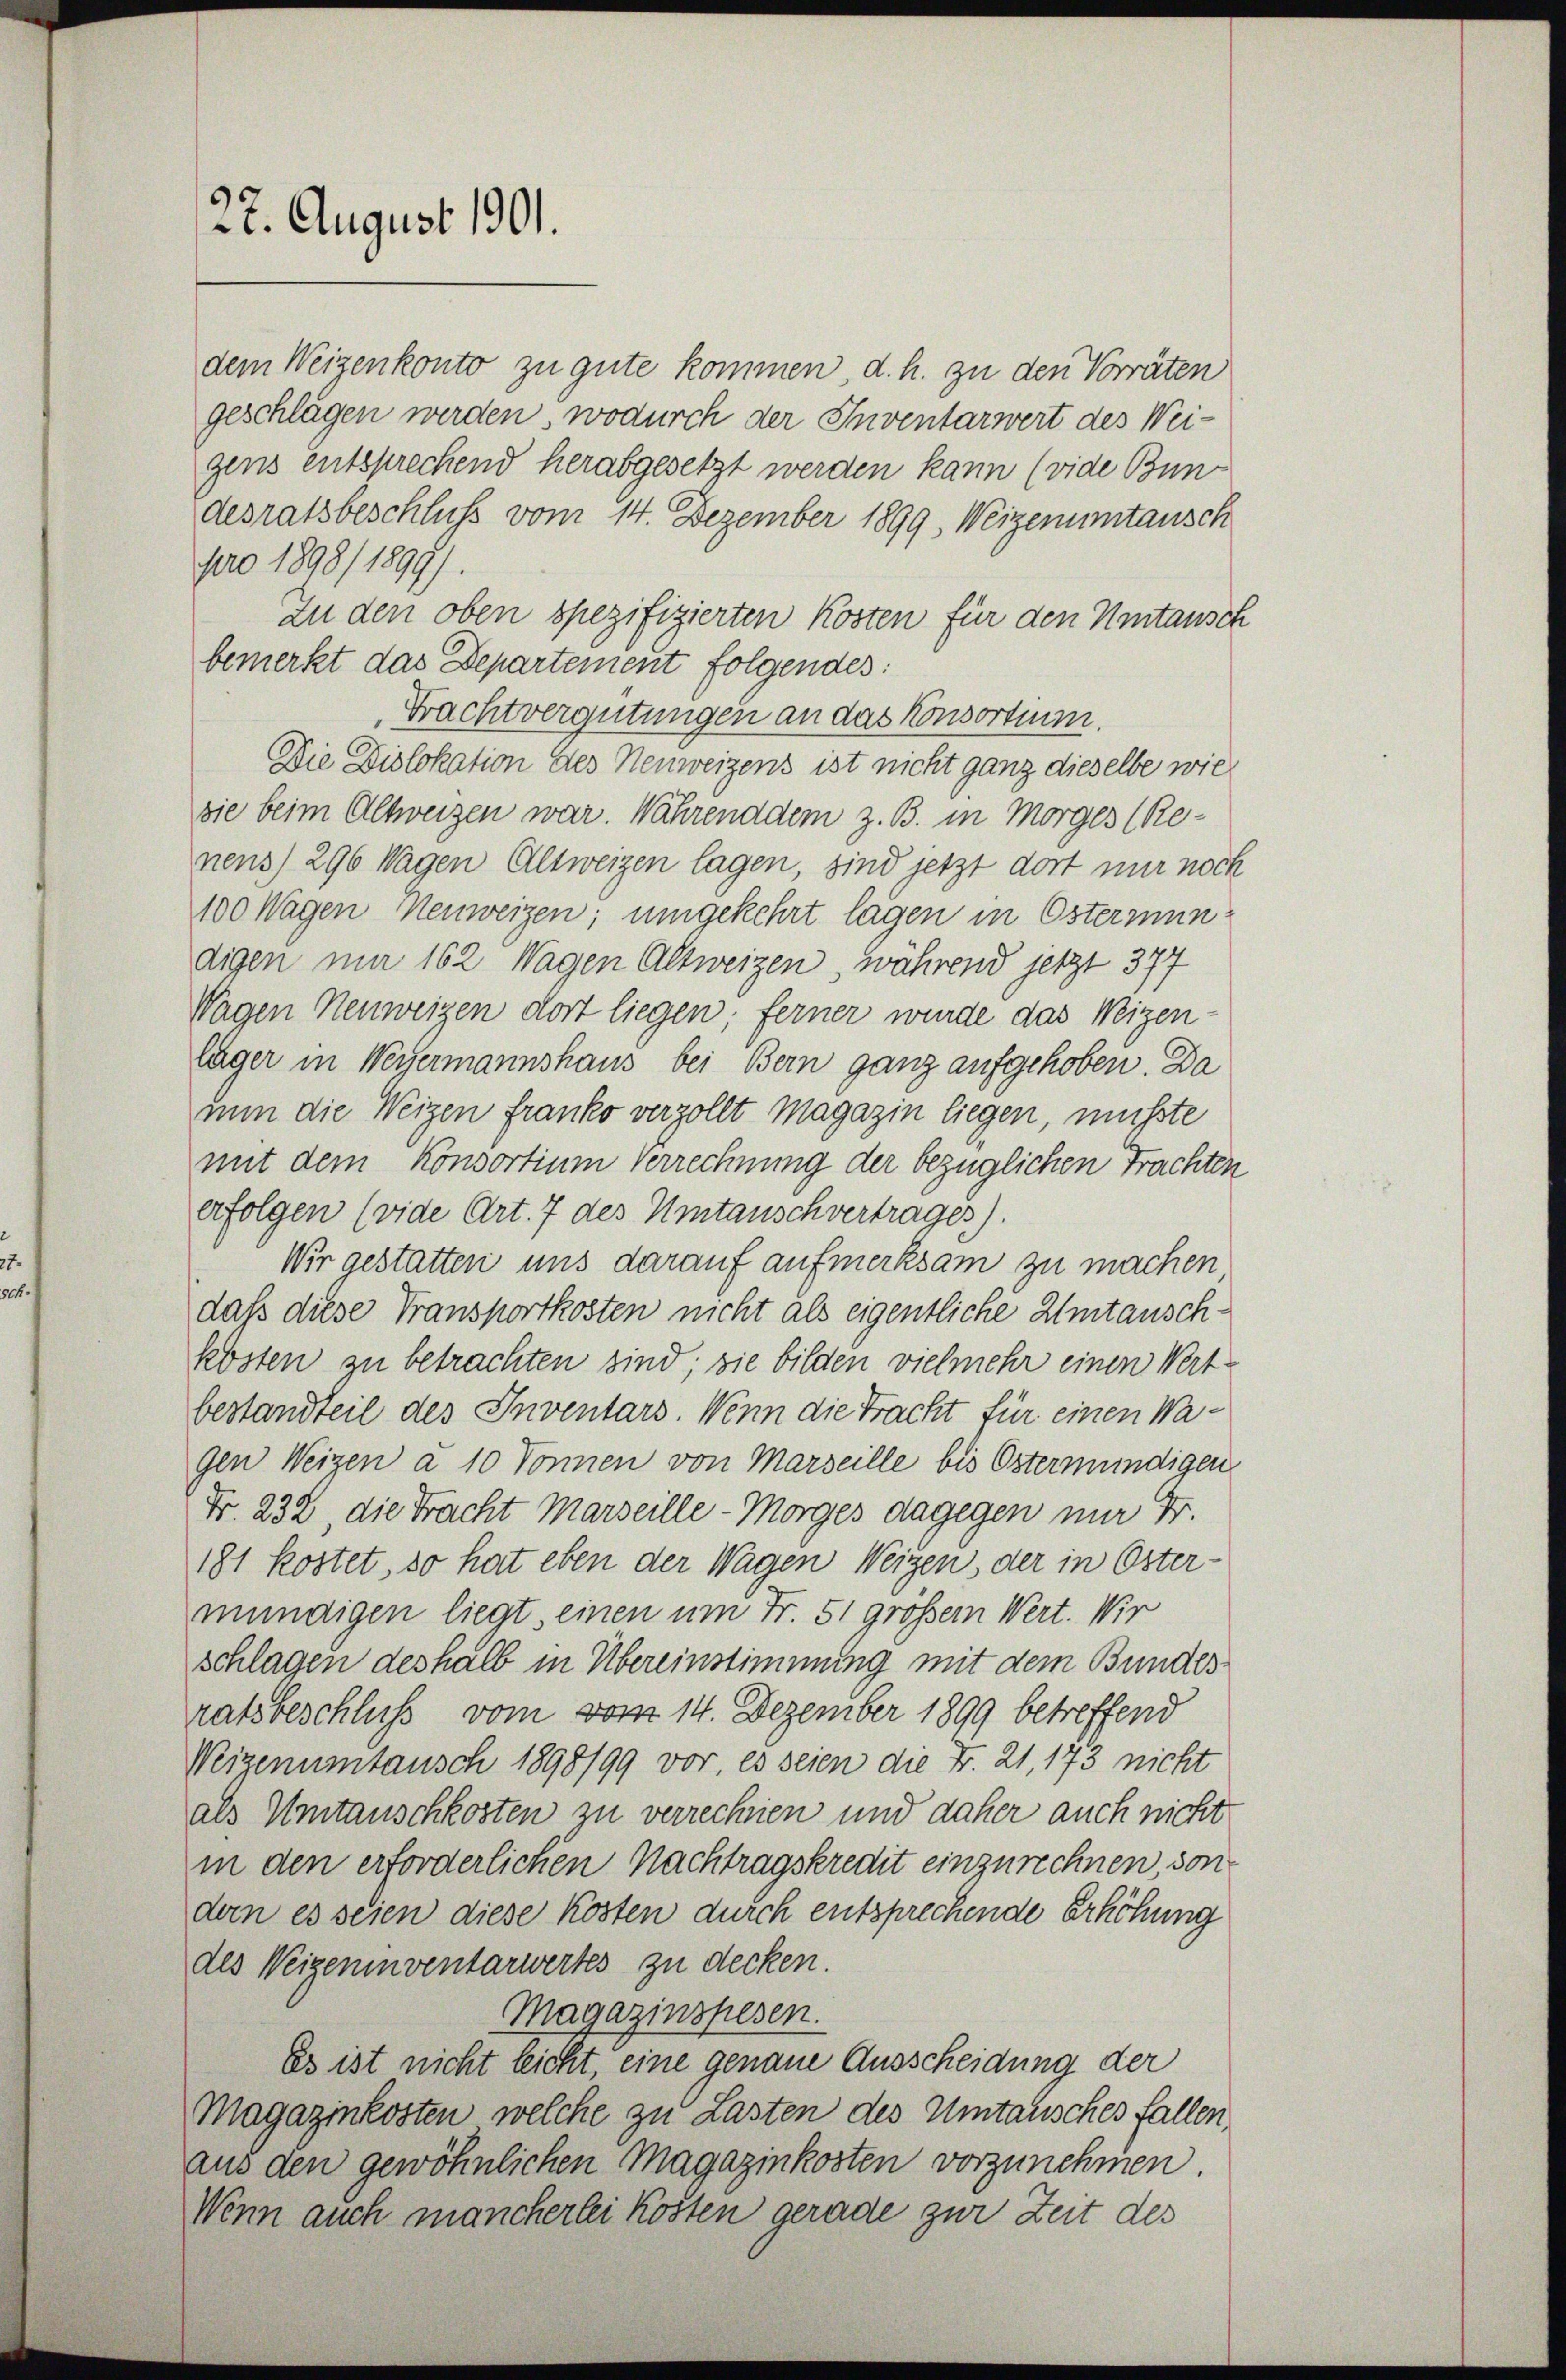
22. August 1901.

dem Weizenkonto zu gute kommen, d. h. zu den Vorräten
geschlägen werden, wodurch der Inventarwert des Weigens entsprechend herabgesetzt werden kann (vide Bundesratsbeschluss vom 14. Dezember 1899, Weizenumtausch
pro 1898/ 1899).
Zu den oben spezifizierten Kosten für den Umtausch
bemerkt das Departement folgendes:
Frachtvergütungen an das Konsortium.
Die Dislokation des Neuweigens ist nicht ganz dieselbe wie
sie beim Altweizen war. Währenddem z. B. in Morges (Renens) 296 Wagen Altweizen lagen, sind jetzt dort nur noch
100 Wagen Neuweizen; umgekehrt lagen in Östermindigen im 162 Wagen Altweizen, während jetzt 377
Wagen Neuweigen dort liegen; ferner wurde das Weizen
läger in Weyermannshaus bei Bern ganz aufgehoben. Da
nun die Weizen franko verzollt Magazin liegen, mußte
mit dem Konsortium Verrechnung der bezüglichen Frachten
erfolgen (vide Art. 7 des Umtauschvertrages).
Wir gestatten uns darauf aufmerksam zu machen.
daß diese Transportkosten nicht als eigentliche Umtausch-
kösten zu betrachten sind; sie bilden vielmehr einen Wert
bestandteil des Inventars. Wenn die Tracht für einen Wagen Weizen à 10 Sonnen von Marseille bis Ostermündigen
Fr. 232, die Tracht Marseille - Morges dagegen nur Fr.
181 kostet, so hat eben der Wagen Weigen, der in Östermündigen liegt, einen um Fr. 51 großem Wert. Wir
schlagen deshalb in Übereinstimmung mit dem Bundes
ratsbeschluß vom vom 14. Dezember 1899 betreffend
Weizenumtausch 1898/99 vor, es seien die Fr. 21, 173 nicht
als Umtauschkosten zu verrechnen und daher auch nicht
in den erforderlichen Nachtragskredit einzurechnen, sondem es seien diese Kosten durch entsprechende Erhöhung
des Weigeninventarwertes zu decken.
Magazinspesen.
Es ist nicht leicht, eine genaue Ausscheidung der
Magazinkosten, welche zu Lasten des Umtausches fallen,
aus den gewöhnlichen Magazinkosten vorzunehmen
Wenn auch mancherlei Kosten gerade zur Zeit des